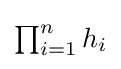
\textstyle \prod _{i=1}^{n}h_{i}